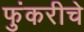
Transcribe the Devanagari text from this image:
फुंकरीचे